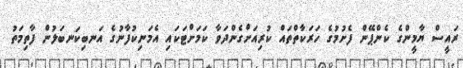
ރައީސް ޔާމީންގެ ކެންޕޭން ފެށުމުގެ ހަރަކާތްތައް ކުރިއަށްގެންދަވާ ކަމަށްޓަކައި އެމަނިކުފާނުގެ އަނބިކަނބަލުން ފާތިމަތު